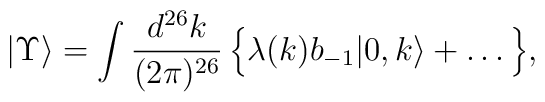
| \Upsilon \rangle = \int \frac{d^{26}k}{(2\pi)^{26}}\,\Bigl\{ \lambda (k) b_{-1} |0,k\rangle + \ldots \, \Bigr\},